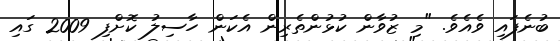
ބުނެފައި ވެއެވެ. "މި ޒުވާން ކުޅުންތެރިން އެކަން ހާސިލު ކޮށްފި 2009 ގައި